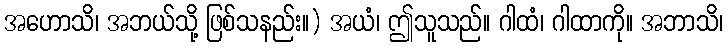
အဟောသိ၊ အဘယ်သို့ ဖြစ်သနည်း။) အယံ၊ ဤသူသည်။ ဂါထံ၊ ဂါထာကို။ အဘာသိ၊